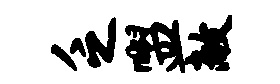
乏盥敞